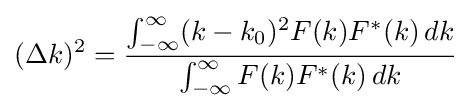
(\Delta k)^{2}={\frac {\int _{-\infty }^{\infty }(k-k_{0})^{2}F(k)F^{*}(k)\,dk}{\int _{-\infty }^{\infty }F(k)F^{*}(k)\,dk}}